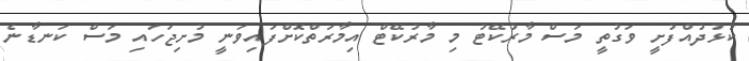
ކުޅުދުއްފުށީ ވަގުތީ މަސް މާރުކޭޓު މި މާރުކޭޓް އިމާރަތްކޮށްފައިވަނީ މުށިޖަހައި މަސް ކަނޑާނެ